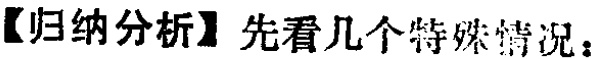
【归纳分析】先看几个特殊情况：